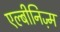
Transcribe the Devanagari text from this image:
एल्बीनिज़्म